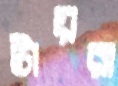
টায়রা